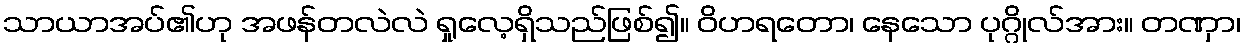
သာယာအပ်၏ဟု အဖန်တလဲလဲ ရှုလေ့ရှိသည်ဖြစ်၍။ ဝိဟရတော၊ နေသော ပုဂ္ဂိုလ်အား။ တဏှာ၊